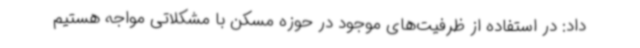
داد: در استفاده از ظرفیت‌های موجود در حوزه مسکن با مشکلاتی مواجه هستیم